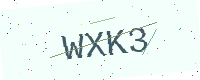
Text: WXK3